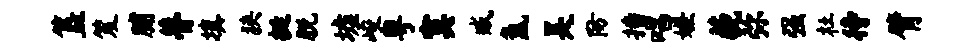
簋笈脯瞢填狭挺脱墟峻粤寞臧氲吴防播唱嫌藐弥强杜待臂